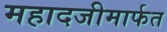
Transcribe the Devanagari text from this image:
महादजीमार्फत